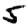
Digit: 5